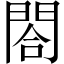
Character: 閤